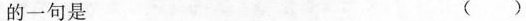
的一句是 ( )